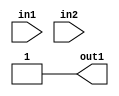
/***************************************************************************
*** 																     ***
*** ECE 526 L Experiment #2             Jose Luis Martinez, Spring, 2021 ***
*** 																	 ***
*** Familiarization with Linux and Synopsys VCS                          ***
***                                                                      ***
****************************************************************************
***                                                                      ***
***************************************************************************/

`timescale 1 ns / 100 ps

`define PRIMARY_OUT   5    // 5
`define FAN_OUT_1     0.5  // 0.5
`define FAN_OUT_2	  1    // 1
`define FAN_OUT_3     1.5  // 1.5
`define TIME_DELAY_1  1    // 1
`define TIME_DELAY_2  2     // 2
`define TIME_DELAY_3  3		// 3
`define TIME_DELAY_4  4      // 4

module Lab2_2 (in1, in2, out1);
	input in1, in2;
	output out1;

	wire NT, A1, A2, O1;

	not #(`TIME_DELAY_1 + `FAN_OUT_3) NOT1(NT, in1);
	and #(`TIME_DELAY_2 + `FAN_OUT_1) AND1(A1, in2, in1);
	and #(`TIME_DELAY_2 + `FAN_OUT_2) AND2(A2, in1, NT);
	or #(`TIME_DELAY_2 + `FAN_OUT_1) OR1(O1, NT, A2);
	nand #(`TIME_DELAY_4 + `PRIMARY_OUT) NAND1(out1, NT, A1, A2, O1);

endmodule